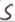
Text: S